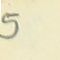
5